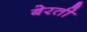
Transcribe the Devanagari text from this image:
बेरती